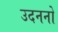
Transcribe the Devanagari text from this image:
उदननो